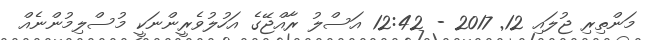
މަންތިރި ޖުލައި 12